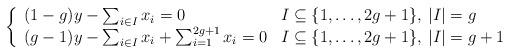
LaTeX: \begin{align*}\left\{\begin{array}{ll}(1-g)y-\sum_{i\in I}x_i=0 & I\subseteq \{1,\dots,2g+1\}, \: |I|=g\\ (g-1)y-\sum_{i\in I}x_i+\sum_{i=1}^{2g+1}x_i=0 & I\subseteq \{1,\dots,2g+1\}, \: |I|=g+1\end{array} \right.\end{align*}